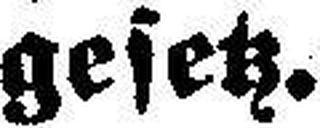
gesetz.